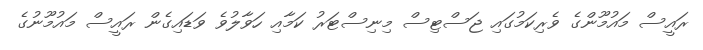
ރައީސް މައުމޫންގެ ވެރިކަމުގައި ޖަސްޓިސް މިނިސްޓަރު ކަމާއި ހަވާލުވެ ވަޑައިގެން ރައީސް މައުމޫނުގެ